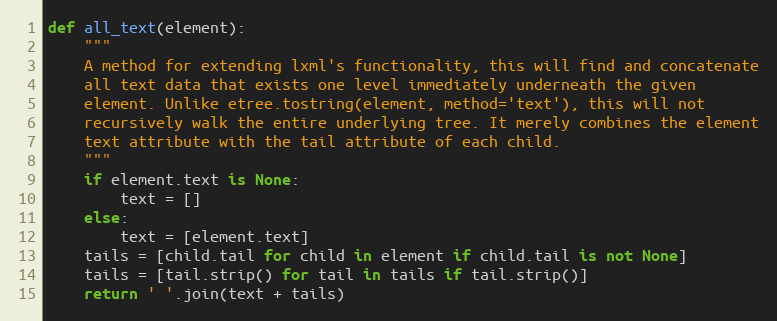
Language: Python
def all_text(element):
    """
    A method for extending lxml's functionality, this will find and concatenate
    all text data that exists one level immediately underneath the given
    element. Unlike etree.tostring(element, method='text'), this will not
    recursively walk the entire underlying tree. It merely combines the element
    text attribute with the tail attribute of each child.
    """
    if element.text is None:
        text = []
    else:
        text = [element.text]
    tails = [child.tail for child in element if child.tail is not None]
    tails = [tail.strip() for tail in tails if tail.strip()]
    return ' '.join(text + tails)